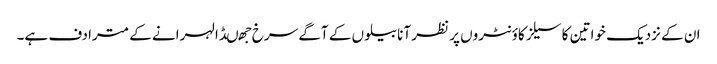
ان کے نزدیک خواتین کا سیلز کاؤنٹروں پر نظر آنا بیلوں کے آگے سرخ جھںڈا لہرانے کے مترادف ہے۔